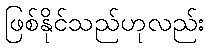
ဖြစ်နိုင်သည်ဟုလည်း